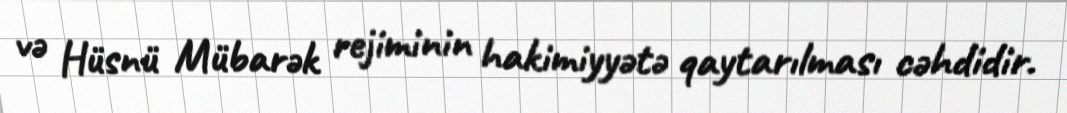
və Hüsnü Mübarək rejiminin hakimiyyətə qaytarılması cəhdidir.